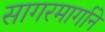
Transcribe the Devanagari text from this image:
सागरमार्गाने